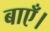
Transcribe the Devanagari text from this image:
बाएँ।